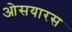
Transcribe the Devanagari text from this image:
ओसयारस